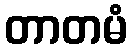
တာတမံ